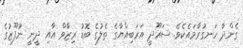
ގެންދާ ހަނގުރާމައެކެވެ. ސައޫދީ އަރަބިއްޔާގެ ތެލުގެ ބޮޑު ރިޒާވް އާއި ދީނީ ނުފޫޒުގެ